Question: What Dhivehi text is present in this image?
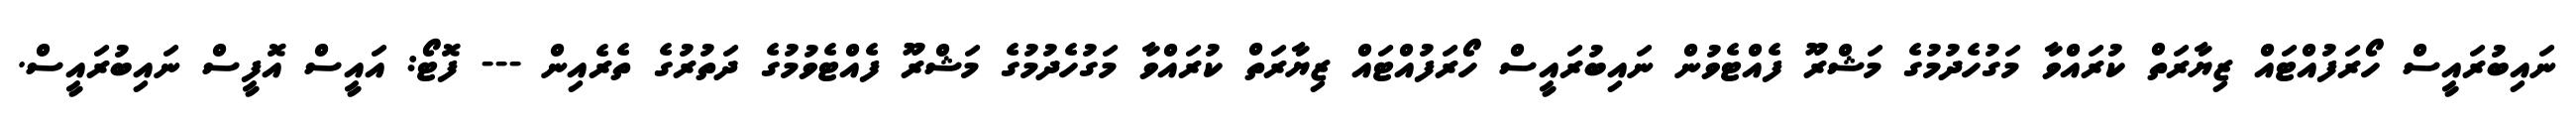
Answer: ނައިބުރައީސް ހޯރަފުއްޓައް ޒިޔާރަތް ކުރައްވާ މަގުހެދުމުގެ މަޝްރޫ ފެއްޓެވުން ނައިބުރައީސް ހޯރަފުއްޓައް ޒިޔާރަތް ކުރައްވާ މަގުހެދުމުގެ މަޝްރޫ ފެއްޓެވުމުގެ ދަތުރުގެ ތެރެއިން --- ފޮޓޯ: އައީސް އޮފީސް ނައިބުރައީސް.